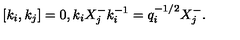
[ k _ { i } , k _ { j } ] = 0 , k _ { i } X _ { j } ^ { - } k _ { i } ^ { - 1 } = q _ { i } ^ { - 1 / 2 } X _ { j } ^ { - } .